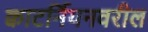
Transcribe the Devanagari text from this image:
क्वाटर्नियनवरील